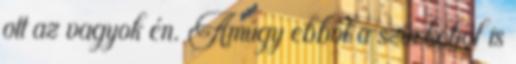
ott az vagyok én. Amúgy ebből a szürkéből is